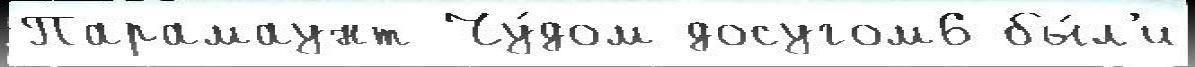
Парамаунт Чу́дом досугом6 бы́л'и